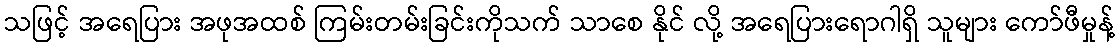
သဖြင့် အရေပြား အဖုအထစ် ကြမ်းတမ်းခြင်းကိုသက် သာစေ နိုင် လို့ အရေပြားရောဂါရှိ သူများ ကော်ဖီမှုန့်